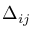
\Delta _ { i j }